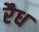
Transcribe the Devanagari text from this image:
रैध